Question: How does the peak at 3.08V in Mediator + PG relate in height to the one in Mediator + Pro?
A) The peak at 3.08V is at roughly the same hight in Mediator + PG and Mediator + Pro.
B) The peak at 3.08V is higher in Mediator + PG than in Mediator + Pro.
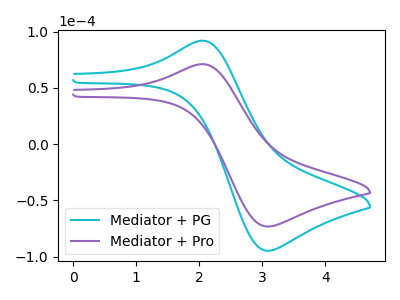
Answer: <think>The cyan curve "Mediator + PG" has an anodic peak at (2.05V, 91.85uA) and a cathodic peak at (3.10V, -94.75uA). The purple curve "Mediator + Pro" has an anodic peak at (2.05V, 71.00uA) and a cathodic peak at (3.10V, -73.25uA).</think>
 <answer>B) The peak at 3.08V is higher in "Mediator + PG" than in "Mediator + Pro".</answer>
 <eval>B</eval>